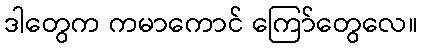
ဒါတွေက ကမာကောင် ကြော်တွေလေ။